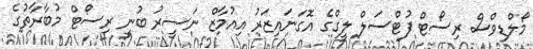
މޯލްޑިވްސް ރިސޯޓް ފުޓްސަލް ލީގްގެ އޮގަނައިޒަރު އިއުމާޒް ނަސީރު ބުނީ ރިސޯޓް މުބާރާތުގެ